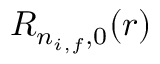
R _ { n _ { i , f } , 0 } ( r )